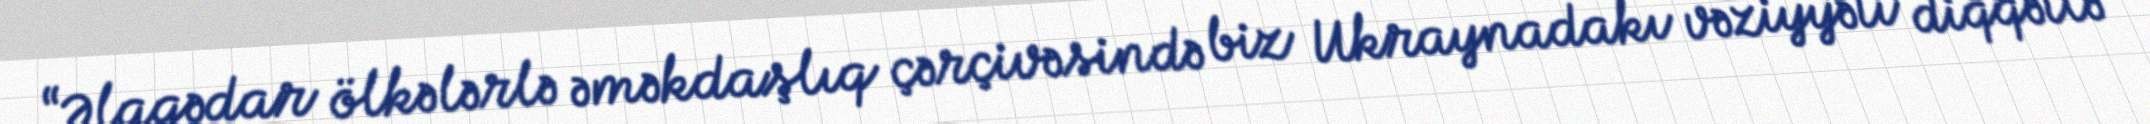
“Əlaqədar ölkələrlə əməkdaşlıq çərçivəsində biz Ukraynadakı vəziyyəti diqqətlə